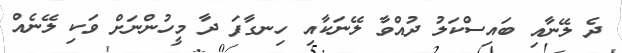
ދެ ލޭނާއި ބައިސްކަލު ދުއްވާ ލޭނަކާއި ހިނގާފަ ދާ މީހުންނަށް ވަކި ލޭނެއް